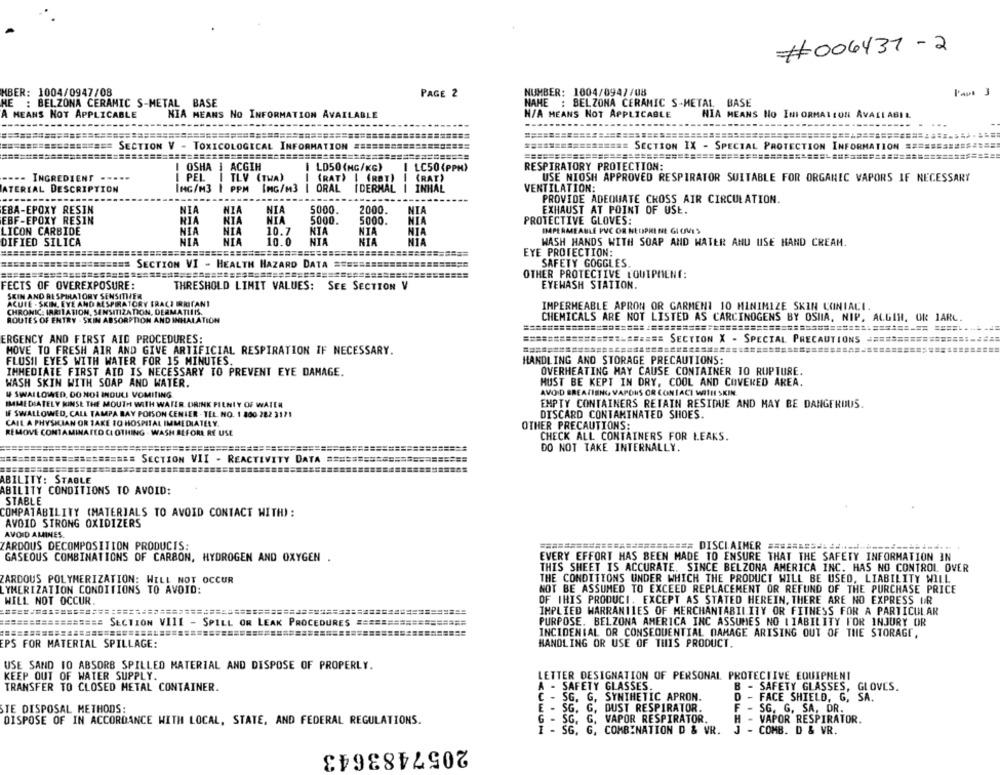
#006437 - 2
MBER: 1004/0947/08
PAGE 2
NUMBER: 1004/0947/08
Papa 3
HE : BELZONA CERAMIC S-METAL BASE
NAME : BELZONA CERAMIC S-METAL BASE
A MEANS NOT APPLICABLE
NIA MEANS NO INFORMATION AVAILABLE
H/A MEANS NOT APPLICABLE
HIA MEANS No INFORMATION AVALIABIL
.....
== SECTION V - TOXICOLOGICAL INFORMATION ##SE
*================ SECTION IX - SPECIAL PROTECTION INFORMATION ========== $ ====
============
I OSHA ] ACGIH
[ LD50 (MG/KG)
LC50 (PPM)
RESPIRATORY PROTECTION:
---- INGREDIENT .....
I PEL
I TLV (THA)
(RAT) | (RBT)
(RAT
USE NIOSH APPROVED RESPIRATOR SUITABLE FOR ORGANIC VAPORS IF NECESSARY
ATERIAL DESCRIPTION
IMG/M3 1 PPM
IMG/M3
I ORAL
I DERMAL
INHAL
VENTILATION:
PROVIDE ADEQUATE CROSS AIR CIRCULATION.
EBA-EPOXY RESIN
NIA
NIA
NIA
5000.
2000.
NIA
EXHAUST AT POINT OF USE.
NIA
EBF-EPOXY RESIN
HIA
NIA
5000.
5000.
MIA
PROTECTIVE GLOVES:
LICON CARBIDE
NIA
NIA
10.7
NIA
NIA
NIA
IMPERMEABLE PVC OR NECIPRE NE GIOVES
NIA
NTA
10.0
NIA
NTA
DIFIED SILICA
WASH HANDS WITH SOAP AND WATER AND USE HAND CREAM.
========
EYE PROTECTION:
### SECTION VI - HEALTH HAZARD DATA ==
SAFETY GOGGLES
OTHER PROTECTIVE EQUIPMENT:
FECTS OF OVEREXPOSURE:
THRESHOLD LIMIT VALUES: SEE SECTION V
EYEWASH STATION.
SKIN AND RESPIRATORY SENSITIVER
ACUIE - SKIN, EYE AND RESPIRATORY FRACI BRITANI
CHRONIC: IRRITATION, SENSITIZATION, DERMATIINS.
IMPERMEABLE APRON OR GARMENT 10 MINIMIZE SKIN CONIACI.
ROUTES OF ENTRY - SKIN ABSORPTION AND INHALATION
CHEMICALS ARE NOT LISTED AS CARCINOGENS BY OSIIA, NIP, ALGIN, OR 1ARL.
=============
===================================================== =====-
ERGENCY AND FIRST AID PROCEDURES:
B =========== SECTION X - SPECIAL PRECAUTIONS
MOVE TO FRESH AIR AND GIVE ARTIFICIAL RESPIRATION IF NECESSARY.
FLUSHI EYES WITH WATER FOR 15 MINUTES.
HANDLING AND STORAGE PRECAUTIONS:
IMMEDIATE FIRST AID IS NECESSARY TO PREVENT EYE DAMAGE.
OVERHEATING MAY CAUSE CONTAINER TO RUPTURE.
WASH SKIN WITH SOAP AND WATER.
MUST BE KEPT IN DRY, COOL AND COVERED AREA.
W SWALLOWED, DO NOI INOULI VOMITING.
AVOID BREATIEN, VAPONS OR CONTACT WITH SKIN
IMEDIATELY KIMSE THE MOUTH WITH WATER. DRINK PIENIY OF WATER
EMPTY CONTAINERS RETAIN RESIDUE AND MAY BE DANGEROUS.
IF SWALLOWED, CALE TAMPA BAY POISON CENTER - TEL. NO. 1 800 282 3171
DISCARD CONTAMINATED SHOES.
CALL A PHYSICIAN OR TAKE 10 HOSPITAL IMMEDIATELY.
OTHER PRECAUTIONS:
REMOVE CONTAMINATED CLOTHING . WASH BEFORE RE USE
CHECK ALL CONTAINERS FOR LEAKS.
DO NOT TAKE INTERNALLY.
=========
###### SECTION VII - REACTIVITY DATA ============
ABILITY: STABLE
ABILITY CONDITIONS TO AVOID:
STABLE
COMPATABILITY (MATERIALS TO AVOID CONTACT WITH) :
AVOID STRONG OXIDIZERS
AVOID AMINES.
ZARDOUS DECOMPOSITION PRODUCTS:
============== DISCLAIMER =========
GASEOUS COMBINATIONS OF CARBON, HYDROGEN AND OXYGEN .
EVERY EFFORT HAS BEEN MADE TO ENSURE THAT THE SAFETY INFORMATION IN
THIS SHEET IS ACCURATE. SINCE BELZONA AMERICA INC. HAS NO CONTROL OVER
ZARDOUS POLYMERIZATION: WILL NOT OCCUR
THE CONDITIONS UNDER WHICH THE PRODUCT WILL BE USED, LIABILITY WILL
LYMERIZATION CONDITIONS TO AVOID:
NOT BE ASSUMED TO EXCEED REPLACEMENT OR REFUND OF THE PURCHASE PRICE
WILL NOT OCCUR.
OF IHIS PRODUCI, EXCEPT AS STATED HEREIN, THERE ARE NO EXPRESS IR
IMPLIED WARRANTIES OF MERCHANTABILITY OR FITNESS FOR A PARTICULAR
BE ============= SECTION VIII - SPILL OR LEAK PROCEDURES =============
PURPOSE. BELZONA AMERICA INC ASSUMES NO LIABILITY FOR INJURY OR
INCIDENTAL OR CONSEQUENTIAL DAMAGE ARISING OUT OF THE STORAGE,
EPS FOR MATERIAL SPILLAGE:
HANDLING OR USE OF THIS PRODUCT.
USE SAND TO ABSORB SPILLED MATERIAL AND DISPOSE OF PROPERLY.
KEEP OUT OF WATER SUPPLY.
LETTER DESIGNATION OF PERSONAL PROTECTIVE EQUIPMENT
TRANSFER TO CLOSED METAL CONTAINER.
A - SAFETY GLASSES.
B - SAFETY GLASSES, GLOVES.
C - SG. G, SYNTHETIC APRON.
D - FACE SHIELD, G, SA.
STE DISPOSAL METHODS:
E - SG. G. DUST RESPIRATOR.
F
- SG. G. SA, DR.
DISPOSE OF IN ACCORDANCE WITH LOCAL, STATE, AND FEDERAL REGULATIONS.
G - SG. G.
VAPOR RESPIRATOR.
H - VAPOR RESPIRATOR.
I - SG. G, COMBINATION D & VR.
J - COMB. D & VR.
2057483643